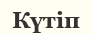
Күтіп